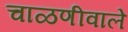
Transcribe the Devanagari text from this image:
चाळणीवाले